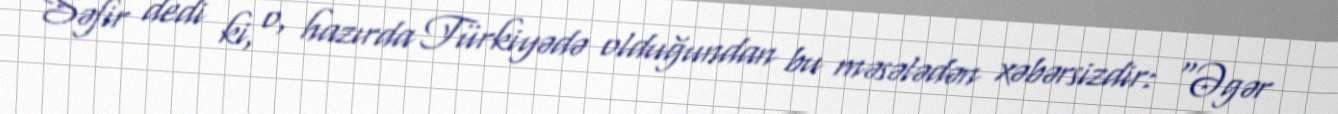
Səfir dedi ki, o, hazırda Türkiyədə olduğundan bu məsələdən xəbərsizdir: “Əgər